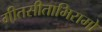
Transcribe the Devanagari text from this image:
गीतसीताभिरामो